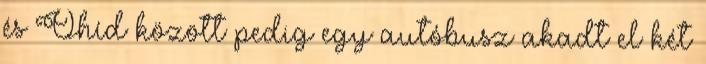
és Óhíd között pedig egy autóbusz akadt el két